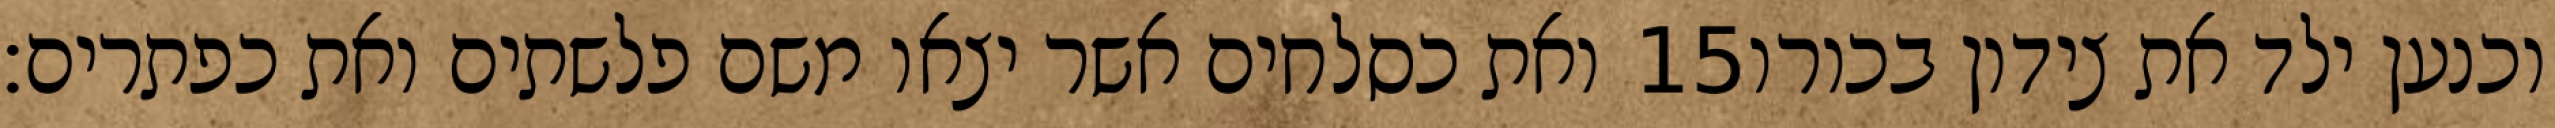
ואת כסלחים אשר יצאו משם פלשתים ואת כפתרים׃ ‎15‏ וכנען ילד את צידון בכורו